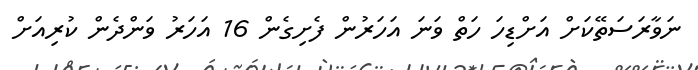
ނަވާރަސަތޭކަށް އަށްޑިހަ ހަތް ވަނަ އަހަރުން ފެށިގެން 16 އަހަރު ވަންދެން ކުރިއަށް